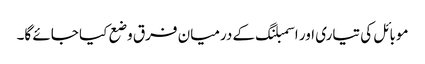
موبائل کی تیاری اور اسمبلنگ کے درمیان فرق وضع کیا جائے گا۔